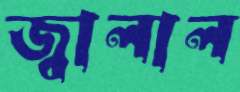
জ্বালাল